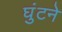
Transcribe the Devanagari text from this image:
घुंटने